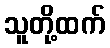
သူတို့ထက်